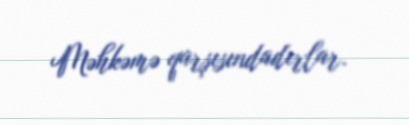
Məhkəmə qarşısındadırlar.